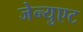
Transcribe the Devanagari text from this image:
जेन्युएट